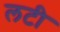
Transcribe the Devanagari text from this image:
लटी